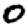
Digit: 0